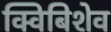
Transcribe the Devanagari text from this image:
क्विबिशेव